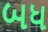
બધ